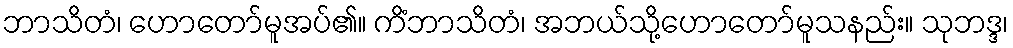
ဘာသိတံ၊ ဟောတော်မူအပ်၏။ ကိံဘာသိတံ၊ အဘယ်သို့ဟောတော်မူသနည်း။ သုဘဒ္ဒ၊